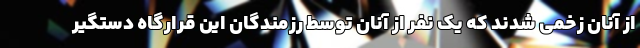
از آنان زخمی شدند که یک نفر از آنان توسط رزمندگان این قرارگاه دستگیر